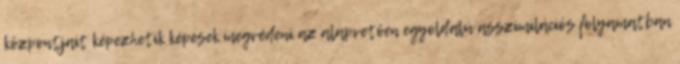
központjait képezhetik képesek megvédeni az alapvetően egyoldalú asszimilációs folyamatban